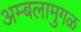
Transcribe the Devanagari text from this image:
अम्बलामुगळ